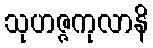
သုဟဇ္ဇကုလာနိ